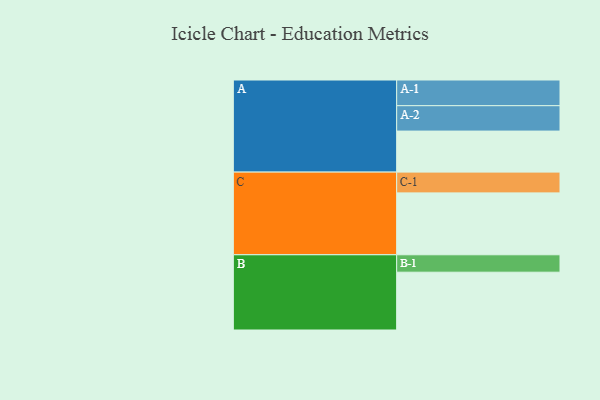
{"axis": {"x": "Segment", "y": "Value"}, "legend": ["", "A", "B", "C"], "data": [{"x": "A", "y": 391, "type": ""}, {"x": "B", "y": 551, "type": ""}, {"x": "C", "y": 590, "type": ""}, {"x": "A-1", "y": 245, "type": "A"}, {"x": "A-2", "y": 242, "type": "A"}, {"x": "B-1", "y": 166, "type": "B"}, {"x": "C-1", "y": 198, "type": "C"}]}